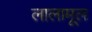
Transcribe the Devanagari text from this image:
लालामूल